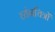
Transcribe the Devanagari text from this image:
व्यंगचित्रों